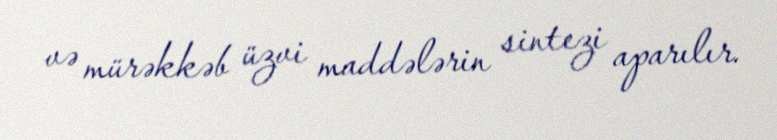
və mürəkkəb üzvi maddələrin sintezi aparılır.